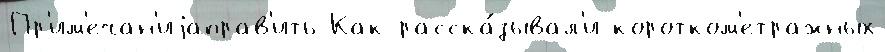
Пр'им'ечан'иjаправ'ить Как расска́зывал'и коротком'етражных